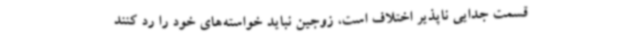
قسمت جدایی ناپذیر اختلاف است، زوجین نباید خواسته‌های خود را رد کنند